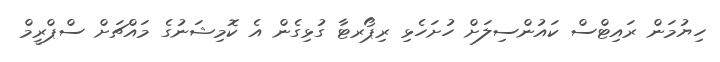
ހިޔުމަން ރައިޓްސް ކައުންސިލަށް ހުށަހެޅި ރިޕޯރޓާ ގުޅިގެން އެ ކޮމިޝަނުގެ މައްޗަށް ސްޕްރީމް